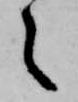
之